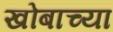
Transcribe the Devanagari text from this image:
खोबाच्या